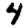
Digit: 4